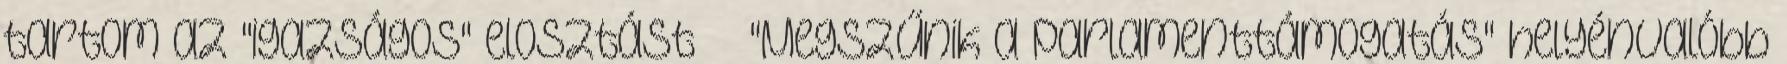
tartom az "igazságos" elosztást ” „"Megszűnik a parlamenttámogatás" helyénvalóbb